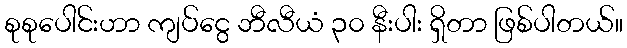
စုစုပေါင်းဟာ ကျပ်ငွေ ဘီလီယံ ၃၀ နီးပါး ရှိတာ ဖြစ်ပါတယ်။